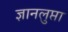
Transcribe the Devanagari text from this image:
ज्ञानलुप्ता